Report of the King Institute of Preventive Medicine, Guindy
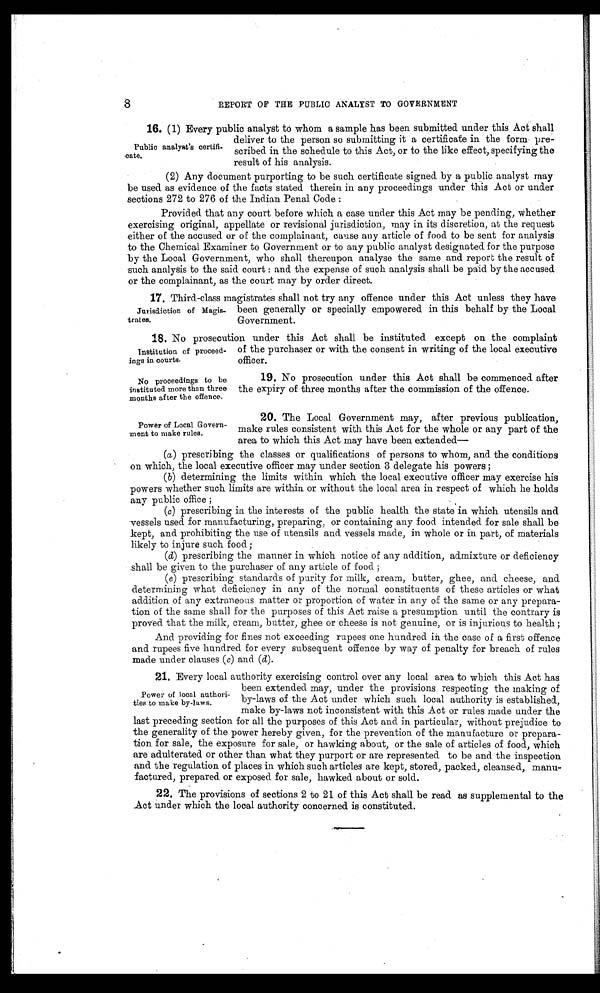
No proceedings to be
instituted more than three
months after the offence.
Power of Local Govern
-ment to make rules.
8
REPORT OF THE PUBLIC ANALYST TO GOVERNMENT
1 6 .(
1 )
E v e r y p u b l i c a n a l y s t t o w h o m a s a m p l e h a s b e e n s u b m i t t e d u n d e r t h i s A c t s h a l l
deliver to the person so submitting it a certificate in the form pre
-scribed in the schedule to this Act, or to the like effect, specifying the
result of his analysis.
(2) Any document purporting to be such certificate signed by a public analyst may
be used as evidence of the facts stated therein in any proceedings under this Act or under
sections 272 to 276 of the Indian Penal Code :
Provided that any court before which a case under this Act may be pending, whether
exercising original, appellate or revisional jurisdiction, may in its discretion, at the request
either of the accused or of the complainant, cause any article of food to be sent for analysis
to the Chemical Examiner to Government or to any public analyst designated for the purpose
by the Local Government, who shall thereupon analyse the same and report the result of
such analysis to the said court : and the expense of such analysis shall be paid by the accused
or the complainant, as the court may by order direct.
1 7 .T
h i r d - c l a s s m a g i s t r a t e s s h a l l n o t t r y a n y o f f e n c e u n d e r t h i s A c t u n l e s s t h e y h a v e
been generally or specially empowered in this behalf by the Local
Government.
1 8 .N
o p r o s e c u t i o n u n d e r t h i s A c t s h a l l b e i n s t i t u t e d e x c e p t o n t h e c o m p l a i n t
of the purchaser or with the consent in writing of the local executive
officer.
Public analyst's certifi
-cate.
Jurisdiction of Magis
-trates.
Institution of proceed
-ings in courts.
19. No prosecution under this Act shall be commenced after
the expiry of three months after the commission of the offence.
20. The Local Government may, after previous publication,
make rules consistent with this Act for the whole or any part of the
area to which this Act may have been extended—
(a) prescribing the classes or qualifications of persons to whom, and the conditions
on which, the local executive officer may under section 3 delegate his powers ;
(b) determining the limits within which the local executive officer may exercise his
powers whether such limits are within or without the local area in respect of which he holds
any public office ;
(c) prescribing in the interests of the public health the state in which utensils and
vessels used for manufacturing, preparing, or containing any food intended for sale shall be
kept, and prohibiting the use of utensils and vessels made, in whole or in part, of materials
likely to injure such food;
(d) prescribing the manner in which notice of any addition, admixture or deficiency
shall be given to the purchaser of any article of food ;
(e) prescribing standards of purity for milk, cream, butter, ghee, and cheese, and
determining what deficiency in any of the normal constituents of these articles or what
addition of any extraneous matter or proportion of water in any of the same or any prepara
- t i o n o f t h e s a m e s h a l l f o r t h e p u r p o s e s o f t h i s A c t r a i s e a p r e s u m p t i o n u n t i l t h e c o n t r a r y i s
proved that the milk, cream, butter, ghee or cheese is not genuine, or is injurious to health ;
And providing for fines not exceeding rupees one hundred in the case of a first offence
and rupees five hundred for every subsequent offence by way of penalty for breach of rules
made under clauses ( c) and ( d).
21. Every local authority exercising control over any local area to which this Act has
been extended may, under the provisions respecting the making of
by-laws of the Act under which such local authority is established,
make by-laws not inconsistent with this Act or rules made under the
last preceding section for all the purposes of this Act and in particular, without prejudice to
the generality of the power hereby given, for the prevention of the manufacture or prepara
- t i o n f o r s a l e , t h e e x p o s u r e f o r s a l e , o r h a w k i n g a b o u t , o r t h e s a l e o f a r t i c l e s o f f o o d , w h i c h
are adulterated or other than what they purport or are represented to be and the inspection
and the regulation of places in which such articles are kept, stored, packed, cleansed, manu
- f a c t u r e d , p r e p a r e d o r e x p o s e d f o r s a l e , h a w k e d a b o u t o r s o l d .
22.
The provisions of sections 2 to 21 of this Act shall be read as supplemental to the
Act under which the local authority concerned is constituted.
Power of local authori
-ties to make by-laws.